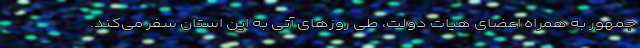
جمهور به همراه اعضای هیات دولت، طی روزهای آتی به این استان سفر می‌کند.